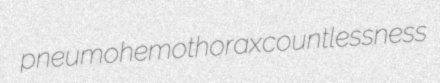
pneumohemothorax countlessness